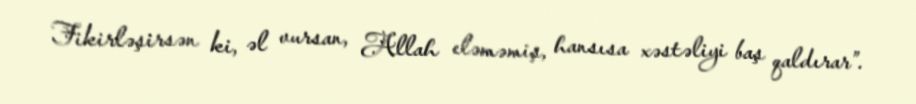
Fikirləşirsən ki, əl vursan, Allah eləməmiş, hansısa xəstəliyi baş qaldırar”.